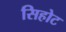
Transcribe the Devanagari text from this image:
सिहोट